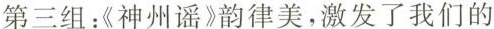
第三组：《神州谣》韵律美，激发了我们的